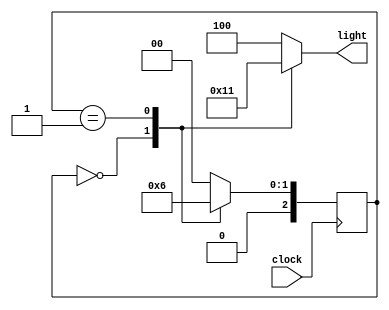
// module cyclic_lamp(clock , light) ;
// 	input clock ; 
// 	output reg [0:2] light ; 
// 	parameter s0 = 0 , s1 = 1 , s2 = 2 ; 
// 	parameter red = 3'b100 , green = 3'b010 , yellow = 3'b001 ;
// 	reg [0:1] state ; 

// 	always @(posedge clock)
// 		case(state)
// 			s0 : begin
// 				light <= green ; 
// 				state <= s1 ; 
// 				end

// 			s1 : begin 
// 				light <= yellow ; 
// 				state <= s2 ;
// 				end  

// 			s2 : begin 
// 				light <= red ; 
// 				state <= s0 ;
// 				end 

// 			default : begin 
// 				light <= red ; 
// 				state <= s0 ; 
// 				end
// 		endcase   
// endmodule 


// now this will generate a 5 flip flop structure in which 2 are used for states and 3 for lights 
// but as we see we dont need flipflops for lights ... so .... we modify out design . 


module cyclic_lamp(clock , light) ;
	input clock ; 
	output reg [0:2] light ; 
	parameter s0 = 0 , s1 = 1 , s2 = 2 ; 
	parameter red = 3'b100 , green = 3'b010 , yellow = 3'b001 ;
	reg [0:2] state ; 

	always @(posedge clock)

		case(state)
			s0 : state <= s1 ;

			s1 : state <= s2 ;

			s2: state <= s0 ;

			default : state <= s0 ;
		endcase

	always @(state)
		case(state)
			s0 : light = green ; 

			s1 : light = yellow ; 				

			s2 : light = red ; 

			default : light = red ; 
		endcase   

		
endmodule